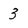
Character: 3